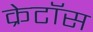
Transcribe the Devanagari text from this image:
क्रेटॉस